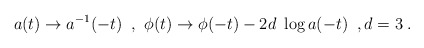
\begin{align*}a(t) \rightarrow a^{-1}(-t) \;\; ,~ \phi(t) \rightarrow \phi(-t) - 2 d ~ \log a(-t) \;\;,d=3 \; .\end{align*}